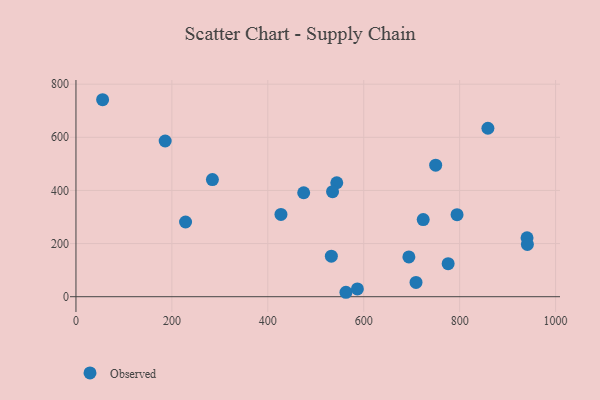
{"axis": {"x": "Engine Size", "y": "Salary"}, "legend": ["Observed"], "data": [{"x": "186.0", "y": 586.0, "type": "Observed"}, {"x": "284.5", "y": 440.9, "type": "Observed"}, {"x": "776.0", "y": 124.2, "type": "Observed"}, {"x": "724.0", "y": 290.4, "type": "Observed"}, {"x": "709.0", "y": 53.8, "type": "Observed"}, {"x": "858.9", "y": 634.0, "type": "Observed"}, {"x": "474.8", "y": 391.3, "type": "Observed"}, {"x": "940.5", "y": 221.8, "type": "Observed"}, {"x": "694.1", "y": 149.7, "type": "Observed"}, {"x": "750.0", "y": 494.9, "type": "Observed"}, {"x": "562.9", "y": 16.7, "type": "Observed"}, {"x": "941.2", "y": 196.7, "type": "Observed"}, {"x": "55.6", "y": 741.4, "type": "Observed"}, {"x": "532.5", "y": 152.6, "type": "Observed"}, {"x": "794.6", "y": 308.8, "type": "Observed"}, {"x": "543.8", "y": 428.9, "type": "Observed"}, {"x": "427.4", "y": 309.6, "type": "Observed"}, {"x": "535.0", "y": 395.3, "type": "Observed"}, {"x": "228.5", "y": 281.1, "type": "Observed"}, {"x": "586.8", "y": 29.3, "type": "Observed"}]}